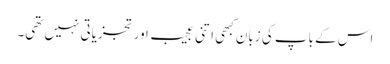
اس کے باپ کی زبان کبھی اتنی عجیب اور تجزیاتی نہیں تھی۔